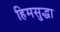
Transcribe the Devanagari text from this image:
हिमसुद्धा